Document type: Community of property
Year: 1312
Scribe: Pere Amorós
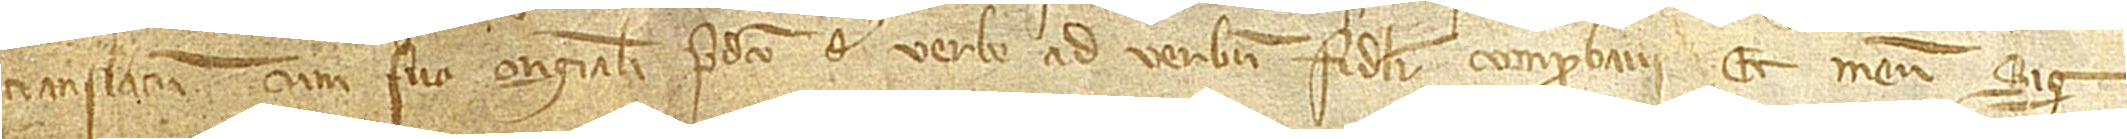
translatum cum suo originali predicto de verbo ad verbum fideliter comprobavi et meum Sig